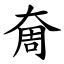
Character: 奝